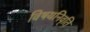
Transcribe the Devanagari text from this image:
विषयनिवृति